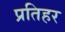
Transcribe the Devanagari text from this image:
प्रतिहर